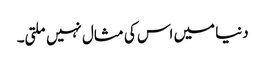
دنیا میں اس کی مثال نہیں ملتی۔